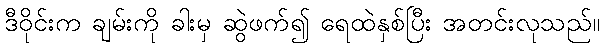
ဒီဝိုင်းက ချမ်းကို ခါးမှ ဆွဲဖက်၍ ရေထဲနှစ်ပြီး အတင်းလုသည်။